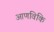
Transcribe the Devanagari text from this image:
आणविकि